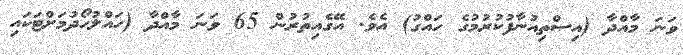
ވަނަ މާއްދާ (އިސްތިއުނާފުކުރުމުގެ ހައްގު) އެވެ. އޭގެއިތުރުން 65 ވަނަ މާއްދާ (ހައްލުހޯދުމަށްޓަކައި